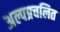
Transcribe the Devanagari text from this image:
अल्पप्रचलित